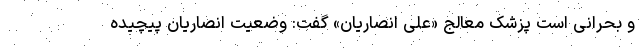
و بحرانی است پزشک معالج «علی انصاریان» گفت: وضعیت انصاریان پیچیده